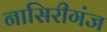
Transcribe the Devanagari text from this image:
नासिरीगंज